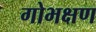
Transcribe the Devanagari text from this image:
गोभक्षण